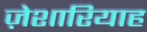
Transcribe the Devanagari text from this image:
ज़ेशारियाह